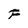
Character: F